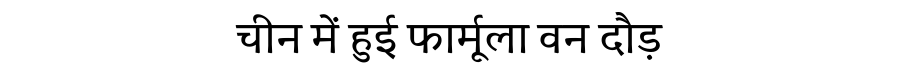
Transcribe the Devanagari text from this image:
चीन में हुई फार्मूला वन दौड़